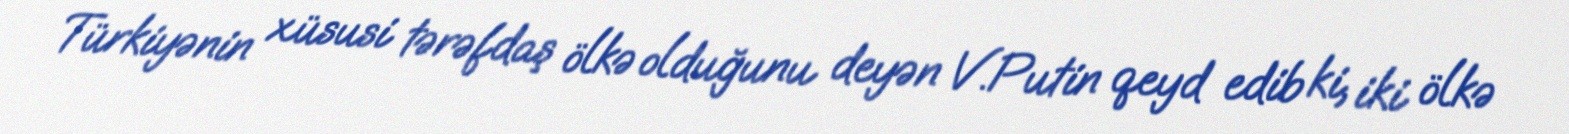
Türkiyənin xüsusi tərəfdaş ölkə olduğunu deyən V.Putin qeyd edib ki, iki ölkə